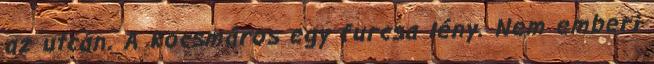
az utcán. A kocsmáros egy furcsa lény. Nem emberi